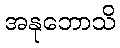
အနုဘောသိ